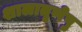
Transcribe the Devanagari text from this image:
शालातृणेषु